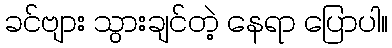
ခင်ဗျား သွားချင်တဲ့ နေရာ ပြောပါ။